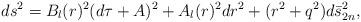
LaTeX: \begin{align*}ds^2 = B_{l}(r)^2 (d\tau + A)^2 + A_{l}(r)^2 dr^2 + (r^2 + q^2) d\bar{s}^2_{2n},\end{align*}